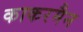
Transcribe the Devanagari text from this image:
काकरमैन